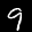
Label: 9